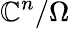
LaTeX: \mathbb{C}^{n}/\Omega